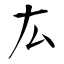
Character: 厷